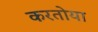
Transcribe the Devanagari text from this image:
करतोया